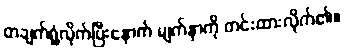
တချက်ရှုံ့လိုက်ပြီးနောက် မျက်နှာကို တင်းထားလိုက်၏။